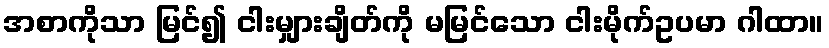
အစာကိုသာ မြင်၍ ငါးမျှားချိတ်ကို မမြင်သော ငါးမိုက်ဥပမာ ဂါထာ။